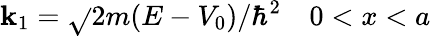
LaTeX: \mathbf{k}_{1}={\sqrt{}{{2m(E-V_{0})/\hbar^{2}}}}\quad0<x<a